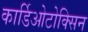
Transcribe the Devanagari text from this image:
कार्डिओटोक्सिन